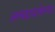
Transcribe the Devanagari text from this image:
अच्छादलेल्या